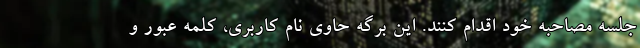
جلسه مصاحبه خود اقدام کنند. این برگه حاوی نام کاربری، کلمه عبور و